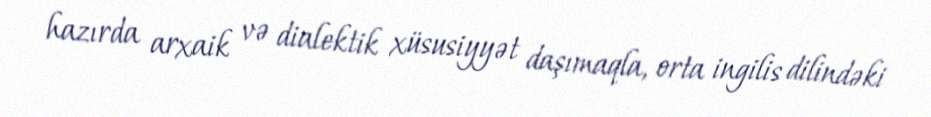
hazırda arxaik və dialektik xüsusiyyət daşımaqla, orta ingilis dilindəki